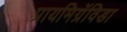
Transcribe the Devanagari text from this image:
प्रायमिग्रॅविडा